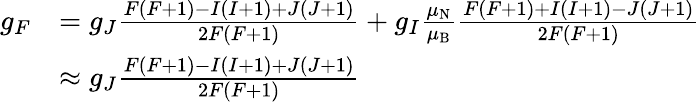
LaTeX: {\begin{array}{rl}{g_{F}}&{=g_{J}{\frac{F(F+1)-I(I+1)+J(J+1)}{2F(F+1)}}+g_{I}{\frac{\mu_{\mathrm{N}}}{\mu_{\mathrm{B}}}}{\frac{F(F+1)+I(I+1)-J(J+1)}{2F(F+1)}}}\\ &{\approx g_{J}{\frac{F(F+1)-I(I+1)+J(J+1)}{2F(F+1)}}}\end{array}}